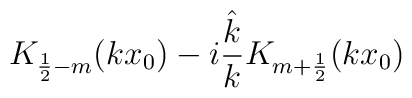
K_{\frac 12-m}(kx_0)-i\frac{\hat k}{k}K_{m+\frac 12}(kx_0)